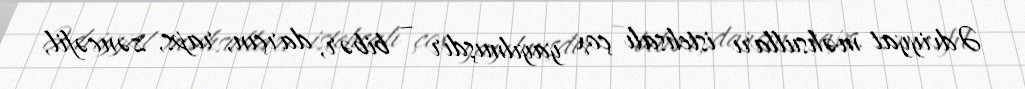
Ədviyyat məhsulları istehsalı çox yayılmışdır – bibər, darçın, raps, zəncəfil,